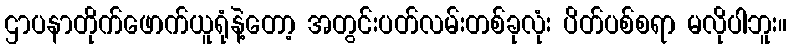
ဌာပနာတိုက်ဖောက်ယူရုံနဲ့တော့ အတွင်းပတ်လမ်းတစ်ခုလုံး ပိတ်ပစ်စရာ မလိုပါဘူး။